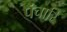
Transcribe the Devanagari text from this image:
पंचारि